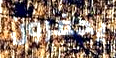
يحفرون